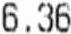
6.36